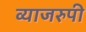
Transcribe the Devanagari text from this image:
व्याजरुपी